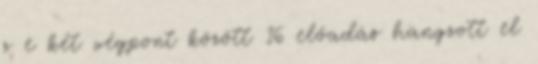
s e két végpont között 16 előadás hangzott el